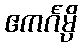
ဧကင်္ဂမ္ပိ